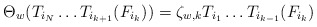
\begin{align*}\Theta_w( T_{i_N} \ldots T_{i_{k+1}}(F_{i_k})) = \zeta_{w, k} T_{i_1} \ldots T_{i_{k-1}}(F_{i_k})\end{align*}